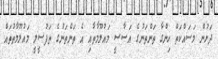
ދަށުން މަސައްކަތް ހިންގާ ތަންތަނުގެ އަސާސީ މައުލޫމާތާއި އެ ތަންތަނުގެ ތަފުސީލީ މައުލޫމާތުތައް